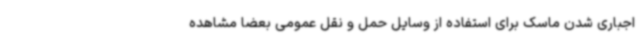
اجباری شدن ماسک برای استفاده از وسایل حمل و نقل عمومی بعضا مشاهده